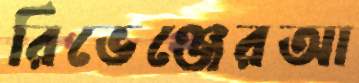
রিভেঞ্জেরআ